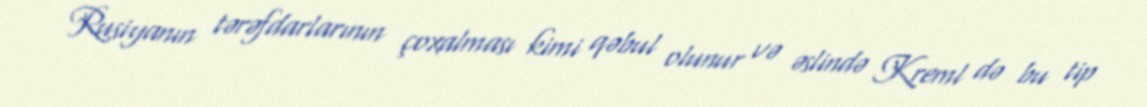
Rusiyanın tərəfdarlarının çoxalması kimi qəbul olunur və əslində Kreml də bu tip